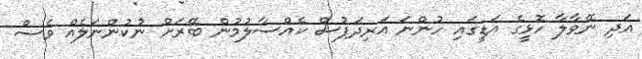
އަދި ނޭވާލާ ހޮޅީގެ އަޑީގައި ހުންނަ އަރިދަފުސް ކެއްސާލުމުން ބޭރަށް ނުކުންނަލެއް ވެސް